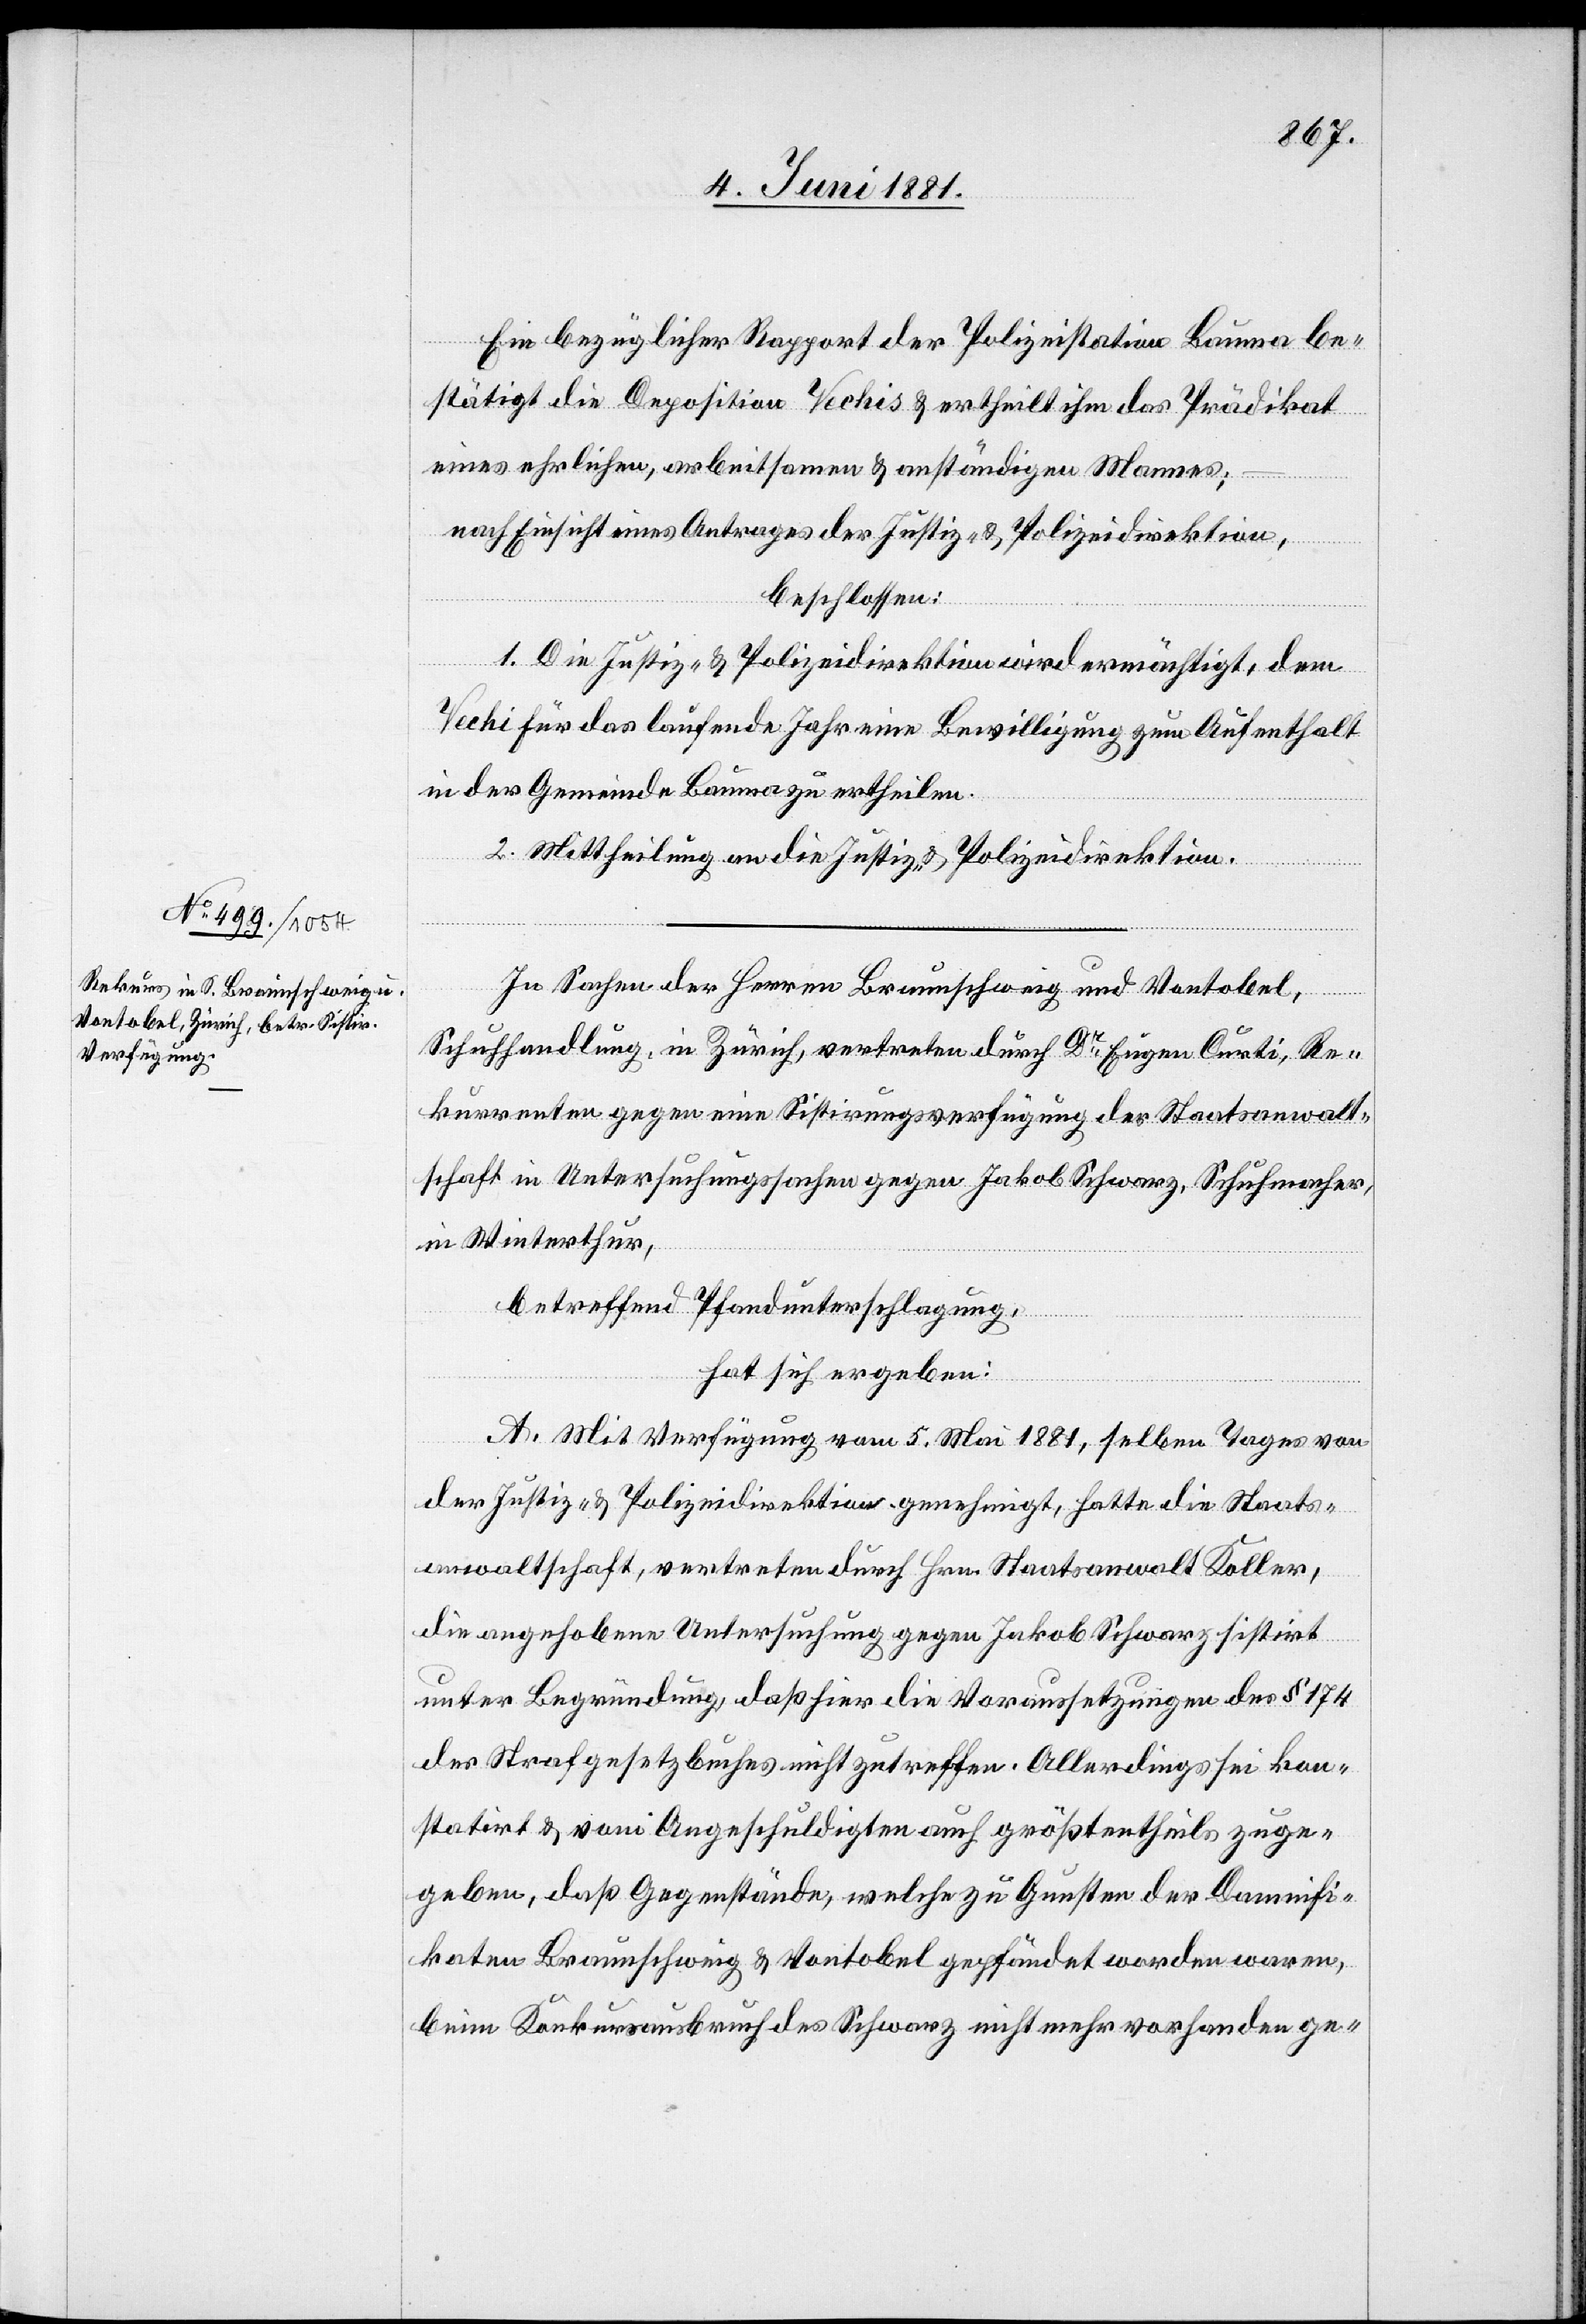
Ein bezüglicher Rapport der Polizeistation Bauma be¬
stätigt die Deposition Techis & ertheilt ihm das Prädikat
eines ehrlichen, arbeitsamen & anständigen Mannes;
beschlossen:
1. Die Justiz- & Polizeidirektion wird ermächtigt, dem
Techi für das laufende Jahr eine Bewilligung zum Aufenthalt
in der Gemeinde Bauma zu ertheilen.
2. Mittheilung an die Justiz- & Polizeidirektion.